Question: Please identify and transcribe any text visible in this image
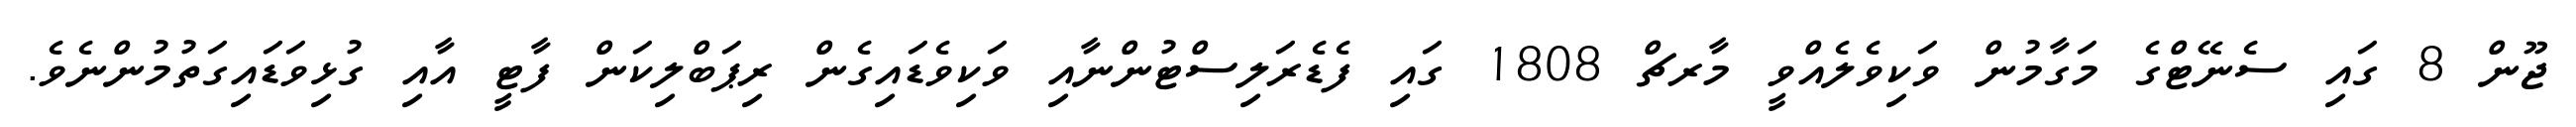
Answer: ޖޫން 8 ގައި ސެނޭޓްގެ މަގާމުން ވަކިވެލެއްވީ މާރޗް 1808 ގައި ފެޑެރަލިސްޓުންނާއި ވަކިވެޑައިގެން ރިޕަބްލިކަން ފާޓީ އާއި ގުޅިވަޑައިގަތުމުންނެވެ.